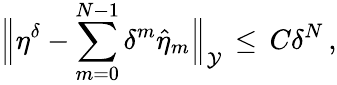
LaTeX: \Bigl\| \eta^{\delta}-\sum_{m=0}^{N-1}\delta^{m}\hat{\eta}_{m}\Bigr\| _{\mathcal{Y}}\, \le\, C\delta^{N}\, ,